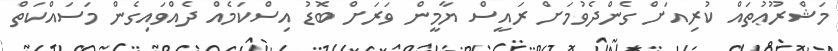
މަޝްރޫޢުތައް ކުރިއަށް ގެންދެވުމަށް ރައީސް ޔާމީން ވަރަށް ބޮޑު އިސްކަމެއް ދެއްވައިގެން މަސައްކަތް